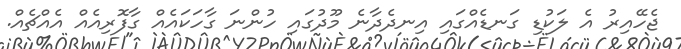
ޖެހޭއިރު އެ ލަކުޑި ގަނޑެއްގައި އިނދެދާނެ މޫދުގައި ހުންނަ ގާހަކައެއް ގާފޮރިއެއް އެއްޗެއް.